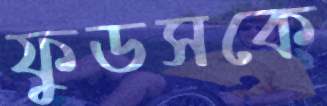
ফুডসকে